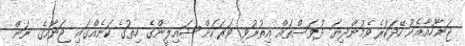
ޖަނާހުއާއެކު ހޭދަކުރެވެމުންދިޔަ ދުވަސްތައް އިތުރުވި ވަރަކަށް ޝައިލީންގެ ހިތުގެ ކަނެއްގައި ޖަނާހުގެ ނަން